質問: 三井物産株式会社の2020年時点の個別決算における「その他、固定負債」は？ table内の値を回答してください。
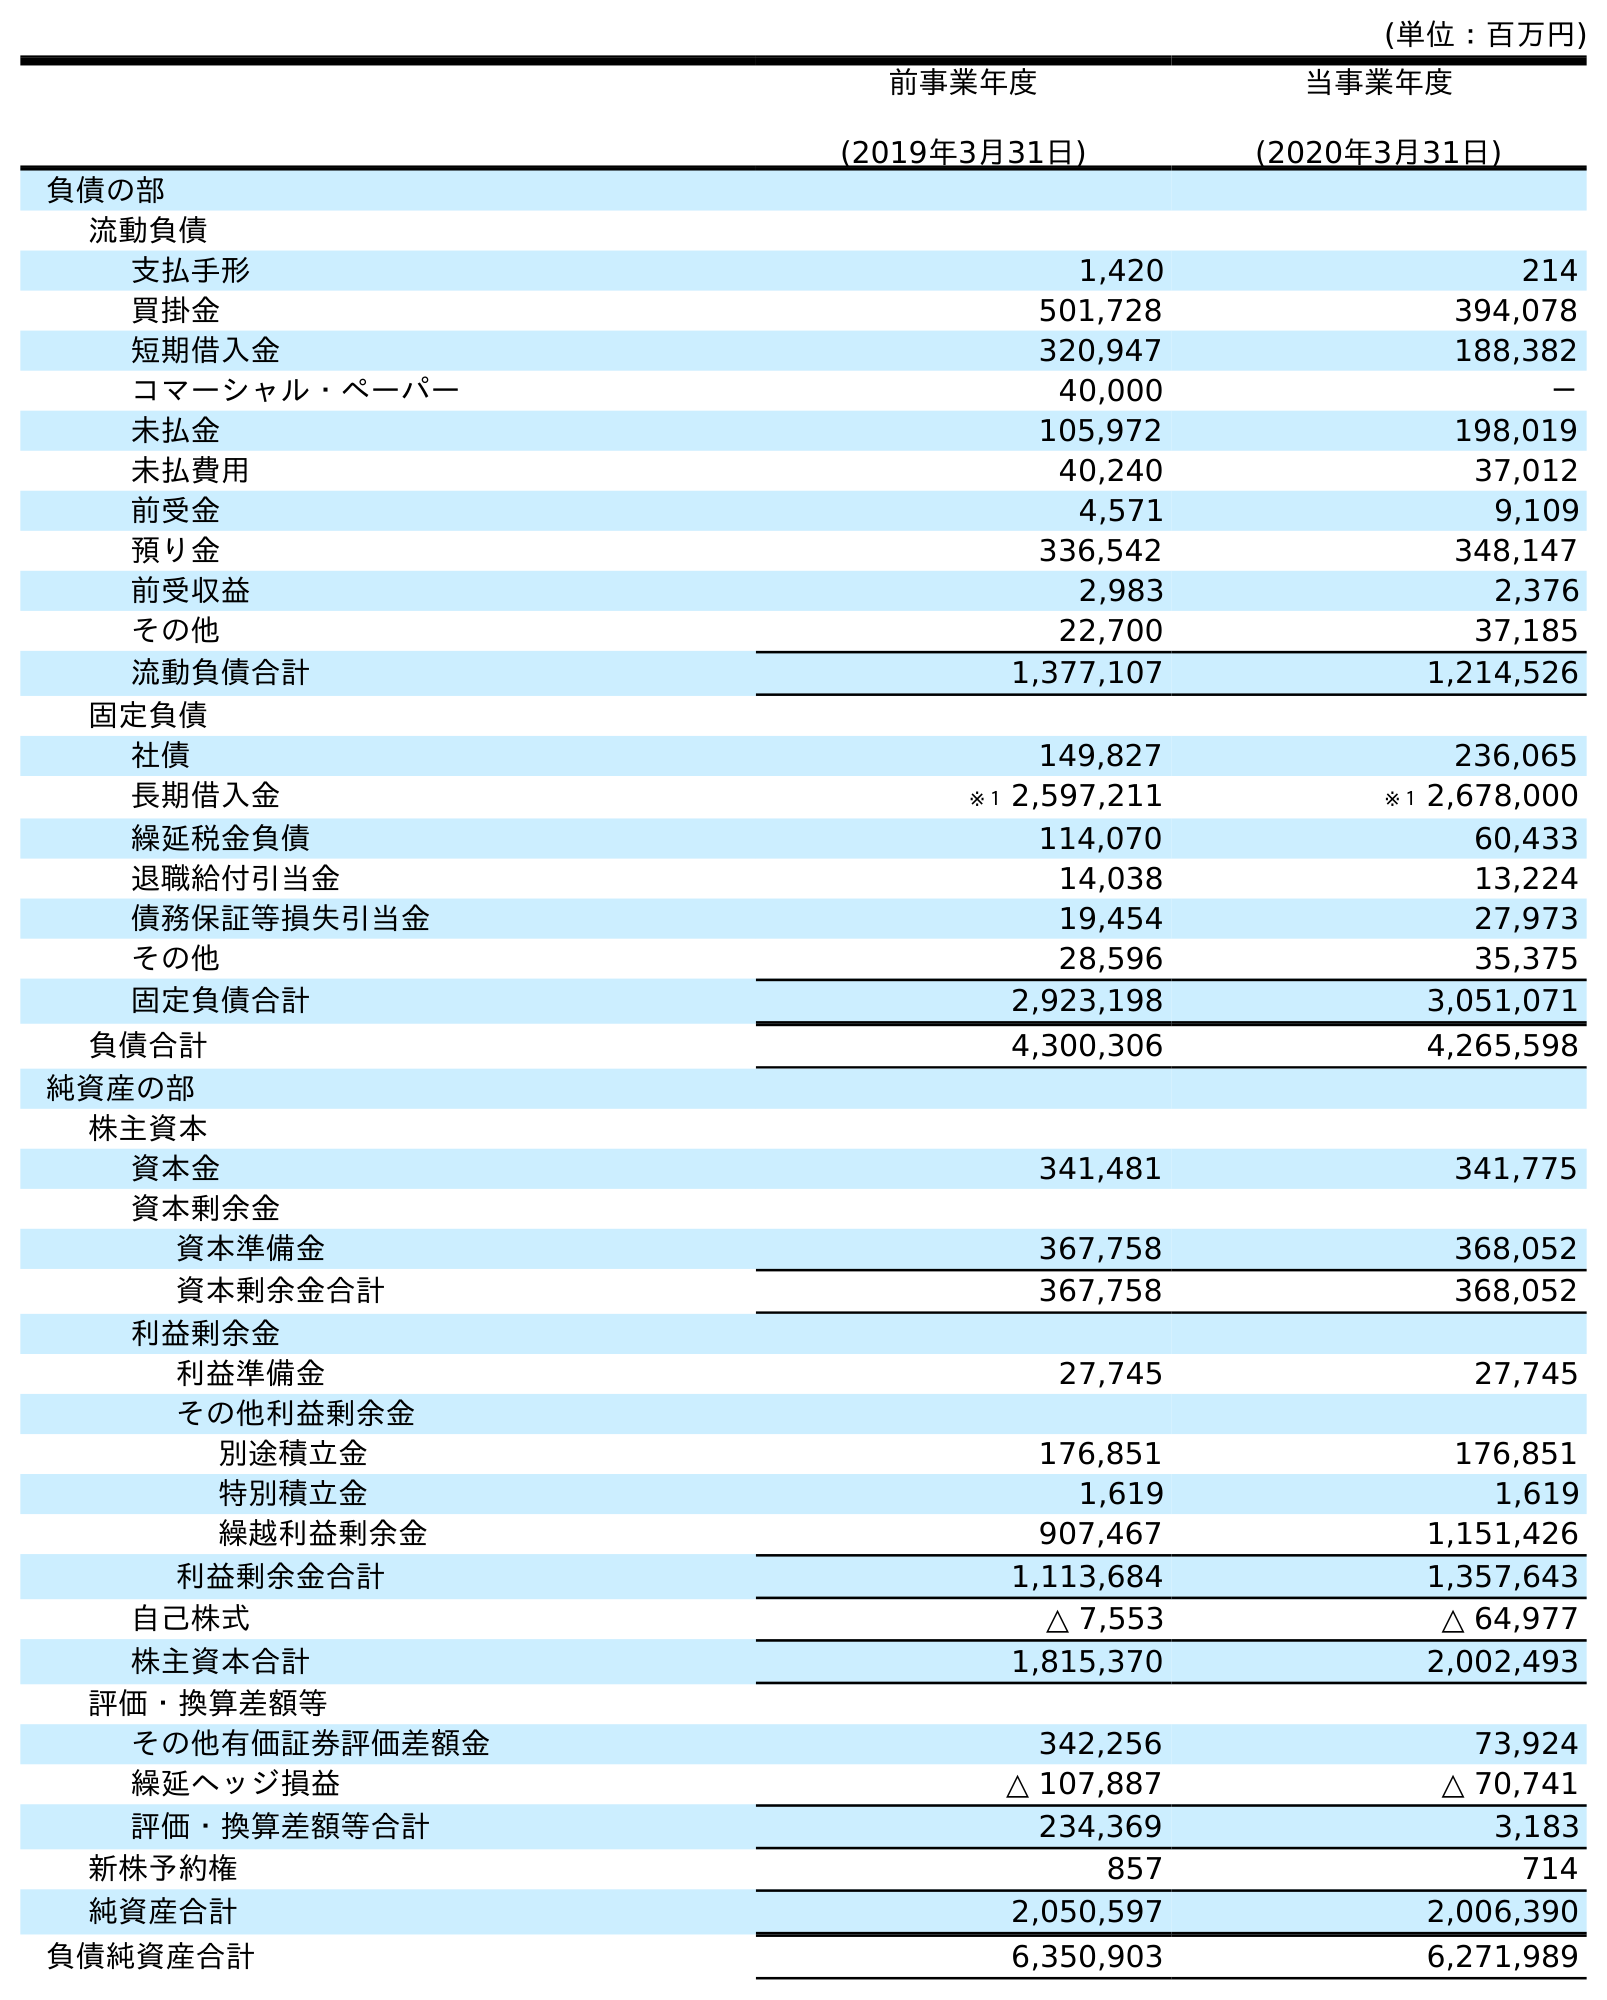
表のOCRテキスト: (単位：百万円) 前事業年度 (2019年3月31日) 当事業年度 (2020年3月31日) 負債の部 流動負債 支払手形 1,420 214 買掛金 501,728 394,078 短期借入金 320,947 188,382 コマーシャル・ペーパー 40,000 － 未払金 105,972 198,019 未払費用 40,240 37,012 前受金 4,571 9,109 預り金 336,542 348,147 前受収益 2,983 2,376 その他 22,700 37,185 流動負債合計 1,377,107 1,214,526 固定負債 社債 149,827 236,065 長期借入金 ※１ 2,597,211 ※１ 2,678,000 繰延税金負債 114,070 60,433 退職給付引当金 14,038 13,224 債務保証等損失引当金 19,454 27,973 その他 28,596 35,375 固定負債合計 2,923,198 3,051,071 負債合計 4,300,306 4,265,598 純資産の部 株主資本 資本金 341,481 341,775 資本剰余金 資本準備金 367,758 368,052 資本剰余金合計 367,758 368,052 利益剰余金 利益準備金 27,745 27,745 その他利益剰余金 別途積立金 176,851 176,851 特別積立金 1,619 1,619 繰越利益剰余金 907,467 1,151,426 利益剰余金合計 1,113,684 1,357,643 自己株式 △ 7,553 △ 64,977 株主資本合計 1,815,370 2,002,493 評価・換算差額等 その他有価証券評価差額金 342,256 73,924 繰延ヘッジ損益 △ 107,887 △ 70,741 評価・換算差額等合計 234,369 3,183 新株予約権 857 714 純資産合計 2,050,597 2,006,390 負債純資産合計 6,350,903 6,271,989
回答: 35,375